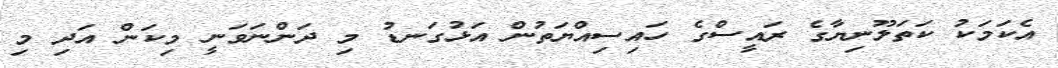
އެކަމަކު ކަތަލޫނިޔާގެ ރައީސްގެ ހައިސިއްޔަތުން އަޅުގަނޑު މި ދަންނަވަނީ މިކަން އަދި މި